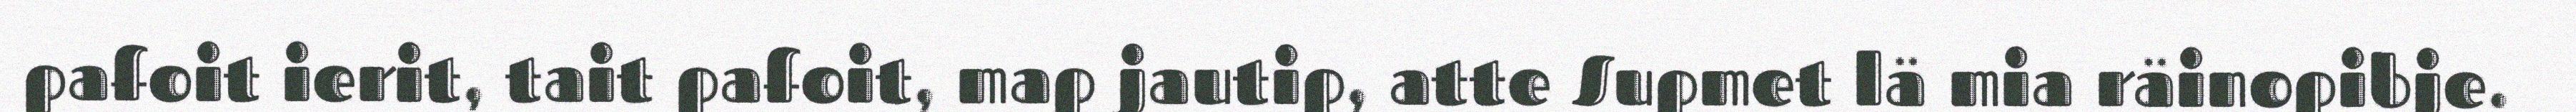
pafoit ierit, tait pafoit, map jautip, atte Supmet lä mia räinopibje.